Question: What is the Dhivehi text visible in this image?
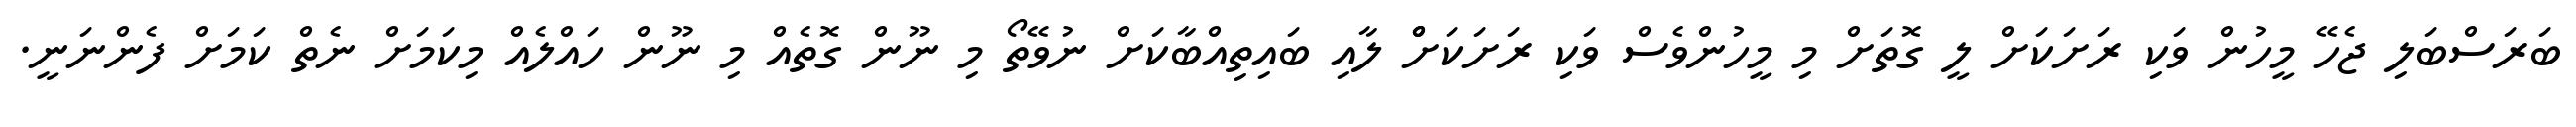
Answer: ބަރަސްބަލި ޖެހޭ މީހުން ވަކި ރަށަކަށް ލީ ގޮތަށް މި މީހުންވެސް ވަކި ރަށަކަށްް ލާއި ބައިތިއްބާކަށް ނުވޭތޯ މި ނޫން ގޮތެއް މި ނޫން ހައްލެއް މިކަމަށް ނެތް ކަމަށް ފެންނަނީ.